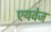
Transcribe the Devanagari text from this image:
एयवेज